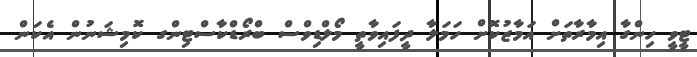
ޓީވީ ހިންގާ އިމާރާތަށް އަމާޒުކޮށް ހަމަލާ ދީފައިވާތީ މޯލްޑިވްސް ބްރޯޑްކާސްޓިންގ ކޮމިޝަނުން އެކަން